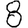
Digit: 8